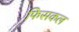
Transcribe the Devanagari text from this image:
फिसकल